Lunatic asylums Bombay report 1878-1890 - 1878-1890
Year: 1878
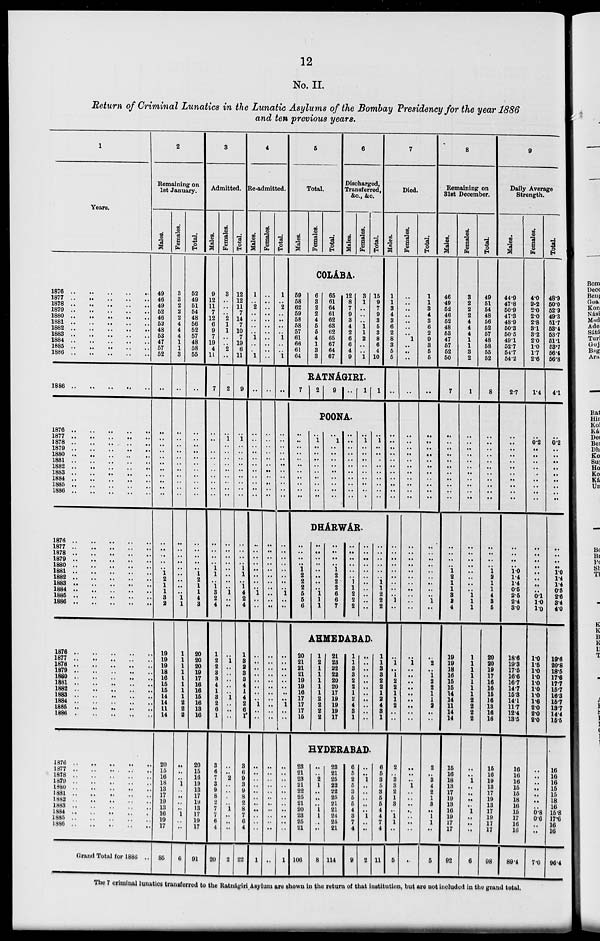
12
No. II.
Return of Criminal Lunatics in the Lunatic Asylums of the Bombay Presidency for the year 1886
and ten previous years.
1
Years.
1879 .. .. .. .. ..
1877 .. .. .. .. ..
1878 .. .. .. .. ..
1879 .. .. .. .. ..
1880 .. .. .. .. ..
1881 .. .. .. .. ..
1882 .. .. .. .. ..
1883
..
..
..
..
..
1884
..
..
..
..
..
1885 .. .. .. .. ..
1886 .. .. .. .. ..
1886 .. .. .. .. .. ..
1876 .. .. .. .. .. ..
1877 .. .. .. .. .. ..
1878
..
..
..
..
..
..
1879 .. .. .. .. .. ..
1880 .. .. .. .. .. ..
1881 .. .. .. .. .. ..
1882 .. .. .. .. .. ..
1883 .. .. .. .. .. ..
1884 .. .. .. .. .. ..
1885 .. .. .. .. .. ..
1886 .. .. .. .. .. ..
1876 .. .. .. .. .. ..
1877 .. .. .. .. .. ..
1878 .. .. .. .. .. ..
1879 .. .. .. .. .. ..
1880 .. .. .. .. .. ..
1881 .. .. .. .. .. ..
1882 .. .. .. .. .. ..
1883 .. .. .. .. .. ..
1884 .. .. .. .. .. ..
1885 .. .. .. .. .. ..
1886 .. .. .. .. .. ..
1876 .. .. .. .. .. ..
1877 .. .. .. .. .. ..
1878 .. .. .. .. .. ..
1879 .. .. .. .. .. ..
1880 .. .. .. .. .. ..
1881 .. .. .. .. .. ..
1882 .. .. .. .. .. ..
1883 .. .. .. .. .. ..
1884 .. .. .. .. .. ..
1885 .. .. .. .. .. ..
1886 .. .. .. .. .. ..
1876 .. .. .. .. .. ..
1877.. .. .. .. .. ..
1878.. .. .. .. .. ..
1879.. .. .. .. .. ..
1880.. .. .. .. .. ..
1881.. .. .. .. .. ..
1882.. .. .. .. .. ..
1883.. .. .. .. .. ..
1884..
..
..
..
..
..
1885.. .. .. .. .. ..
1886.. .. .. .. .. ..
Grand Total for 1886 ..
2
Remaining on
1st January.
Males.
49
46
49
52
46
52
48
53
47
57
52
..
..
..
..
..
..
..
..
..
..
..
..
..
..
..
..
1
2
1
1
3
2
19
19
19
18
16
15
15
14
14
11
14
20
15
16
18
13
17
19
13
16
19
17
85
Females.
3
3
2
2
2
4
4
4
1
1
3
..
..
..
..
..
..
..
..
..
..
..
..
..
..
..
..
..
..
..
..
1
1
1
1
1
1
1
1
1
1
2
2
2
..
..
..
1
..
..
..
..
1
..
..
6
Total.
52
49
51
54
48
56
52
57
48
58
55
..
..
..
..
..
..
..
..
..
..
..
..
..
..
..
..
1
2
1
1
4
3
20
20
20
19
17
16
16
15
16
13
16
20
15
16
19
13
17
19
13
17
19
17
91
3
Admitted.
Males.
9
12
11
7
12
6
9
7
19
4
11
7
..
..
..
..
..
..
..
..
..
..
..
..
..
..
1
1
..
1
3
2
4
1
2
2
3
3
4
1
3
2
6
1
3
6
7
3
9
8
2
7
7
6
4
20
Females.
3
..
..
..
2
1
1
..
..
2
..
2
1
..
..
..
..
..
..
..
..
..
..
..
..
..
..
..
..
..
1
..
..
..
1
..
..
..
..
..
1
..
..
..
..
..
2
..
..
..
..
1
..
..
..
2
Total.
12
12
11
7
14
7
10
7
19
6
11
9
1
..
..
..
..
..
..
..
..
..
..
..
..
..
1
1
..
1
4
2
4
1
3
2
3
3
4
1
4
2
6
1
3
6
7
3
9
8
2
8
7
6
4
22
4
Re-admitted.
Males.
1
..
2
..
..
..
..
1
..
..
1
..
..
..
..
..
..
..
..
..
..
..
..
..
..
..
..
..
..
..
1
..
..
..
..
..
..
..
..
..
..
1
..
..
..
..
..
..
..
..
..
..
..
..
..
1
Females.
..
..
..
..
..
..
..
..
..
..
..
..
..
..
..
..
..
..
..
..
..
..
..
..
..
..
..
..
..
..
..
..
..
..
..
..
..
..
..
..
..
..
..
..
..
..
..
..
..
..
..
..
..
..
..
..
Total.
1
..
2
..
..
..
..
1
..
..
1
..
..
..
..
..
..
..
..
..
..
..
..
..
..
..
..
..
..
..
1
..
..
..
..
..
..
..
..
..
..
1
..
..
..
..
..
..
..
..
..
..
..
..
..
1
5
Total.
Males.
Females.
Total.
6
Discharged,
Transferred,
&c., &c.
Males.
Females.
Total.
COLABA.
59
58
62
59
58
58
57
61
66
61
64
6
3
2
2
4
5
5
4
1
3
3
65
61
64
61
62
63
62
65
67
64
67
12
8
7
9
3
4
2
6
6
4
9
3
1
..
..
..
1
1
2
..
..
1
15
9
7
9
3
5
3
8
6
4
10
RATNAGIRI.
7 2 9 .. 1
1
POONA.
..
..
..
..
..
..
..
..
..
..
1
..
..
..
..
..
..
..
..
..
1
..
..
..
..
..
..
..
..
..
..
..
..
..
..
..
..
..
..
..
1
..
..
..
..
..
..
..
..
..
1
..
..
..
..
..
..
..
..
..
DHÁRWÁR.
..
..
..
..
1
2
2
2
5
5
6
..
..
..
..
..
..
..
..
1
1
1
..
..
..
..
1
2
2
2
6
6
7
..
..
..
..
..
1
1
1
2
2
2
..
..
..
..
..
..
..
..
..
..
..
..
..
..
..
..
1
1
1
2
2
2
AHMEDABAD.
20
21
21
21
19
19
16
17
17
17
15
1
2
1
1
1
1
1
2
2
2
2
21
23
22
22
20
20
17
19
19
19
17
1
1
3
3
2
2
1
2
4
3
1
..
..
..
..
..
..
..
..
..
..
..
1 1
3
3
2
2
1
2
4
3
1
HYDERABAD.
23
21
23
21
22
25
21
20
23
25
21
106
..
..
2
1
..
..
..
1
1
..
..
8
23
21
25
22
22
25
21
21
24
25
21
114
6
5
2
5
3
5
5
4
3
7
4
9
..
..
1
..
..
..
..
..
1
..
..
2
6
5
3
5
3
5
5
4
4
7
4
11
7
Died.
Males.
1
1
3
4
3
6
2
8
3
5
5
..
..
..
..
..
..
..
..
..
..
..
..
..
..
..
..
..
..
..
..
1
..
..
1
..
1
2
2
1
1
2
..
..
2
..
3
3
2
1
3
..
1
1
..
5
Females.
..
..
..
..
..
..
..
1
..
..
..
..
..
..
..
..
..
..
..
..
..
..
..
..
..
..
..
..
..
..
..
..
..
..
1
..
..
..
..
..
..
..
..
..
..
..
..
1
..
..
..
..
..
..
..
..
Total.
1
1
3
4
3
6
2
9
3
5
5
..
..
..
..
..
..
..
..
..
..
..
..
..
..
..
..
..
..
..
..
1
..
..
2
..
1
2
2
1
1
2
..
..
2
..
3
4
2
1
3
..
1
1
..
5
8
Remaining on
31st December.
Males.
46
49
52
46
52
48
53
47
57
52
60
7
..
..
..
..
..
..
..
..
..
..
..
..
..
..
1
2
1
1
3
2
4
19
19
18
16
15
15
14
14
11
14
14
15
16
18
13
17
19
13
16
19
17
17
92
Females.
3
2
2
2
4
4
4
1
1
3
2
1
..
..
..
..
..
..
..
..
..
..
..
..
..
..
..
..
..
..
1
1
1
1
1
1
1
1
1
]
2
2
2
2
..
..
1
..
..
..
..
1
..
..
..
6
Total.
49
51
54
48
56
52
57
48
58
55
52
8
..
..
..
..
..
..
..
..
..
..
..
..
..
..
1
2
1
1
4
3
5
20
20
19
17
16
16
15
16
13
16
16
15
16
19
13
17
19
13
17
19
17
17
98
9
Daily Average
Strength.
Males.
44.9
47.8
50.9
47.3
48.9
50.3
50.5
49.1
52.7
54.7
54.2
2.7
..
..
..
..
..
..
..
..
..
..
..
..
..
..
1.0
1.4
1.4
0.5
2.5
2.4
3.0
18.6
19.3
17.5
16.6
16.7
14.7
15.3
14.1
11.7
12.4
13.5
16
16
16
15
15
18
16
15
17
16
16
89.4
Females.
4.0
2.2
2.0
2.0
2.8
3.1
3.2
2.0
1.0
1.7
2.6
1.4
0.2
..
..
..
..
..
..
..
..
..
..
..
..
..
..
..
..
..
0.1
l.0
1.0
1.0
1.5
1.0
1.0
1.0
1.0
1.0
1.6
2.0
2.0
2.0
..
..
..
..
..
..
..
0.8
0.6
..
..
7.0
Total.
48.9
50.0
52.9
49.3
51.7
53.4
53.7
51.1
53.7
56.4
56.8
4.1
0.2
..
..
..
..
..
..
..
..
..
..
..
..
1.0
1.4
1.4
0.5
2.6
3.4
4.0
19.6
20.8
18.5
17.6
17.7
15.7
16.3
15.7
13.7
14.4
15.5
16
16
16
15
15
18
16
15.8
17.6
16
16
96.4
The 7 criminal lunatics transferred to the Ratnágiri Asylum are shown in the return of that institution, but are not included in the grand total.